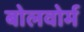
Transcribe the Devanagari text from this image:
बोलवोर्म